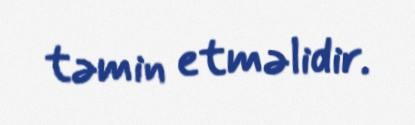
təmin etməlidir.